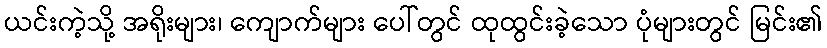
ယင်းကဲ့သို့ အရိုးများ၊ ကျောက်များ ပေါ်တွင် ထုထွင်းခဲ့သော ပုံများတွင် မြင်း၏